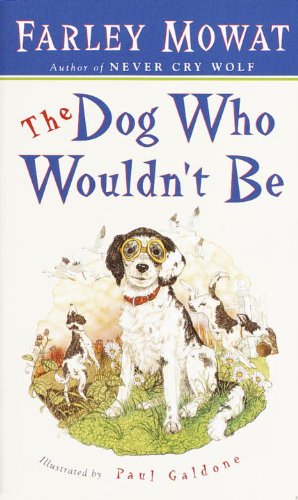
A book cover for The Dog Who Wouldn't Be; Farley Mowat; Teen & Young Adult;